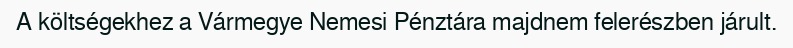
A költségekhez a Vármegye Nemesi Pénztára majdnem felerészben járult.